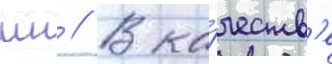
мн // В ка́честв'е